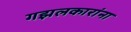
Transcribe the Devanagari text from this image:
गझलकारांना